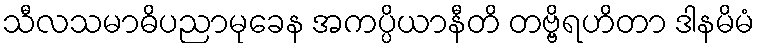
သီလသမာဓိပညာမုခေန အကပ္ပိယာနီတိ တဗ္ဗိရဟိတာ ဒါနမိမံ